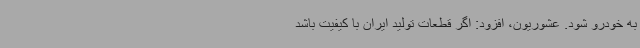
به خودرو شود. عشوریون، افزود: اگر قطعات تولید ایران با کیفیت باشد